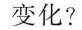
变化?